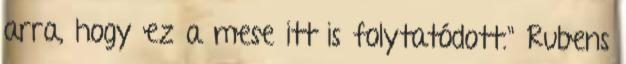
arra, hogy ez a mese itt is folytatódott." Rubens